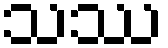
သဿ